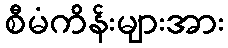
စီမံကိန်းများအား